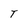
Character: T